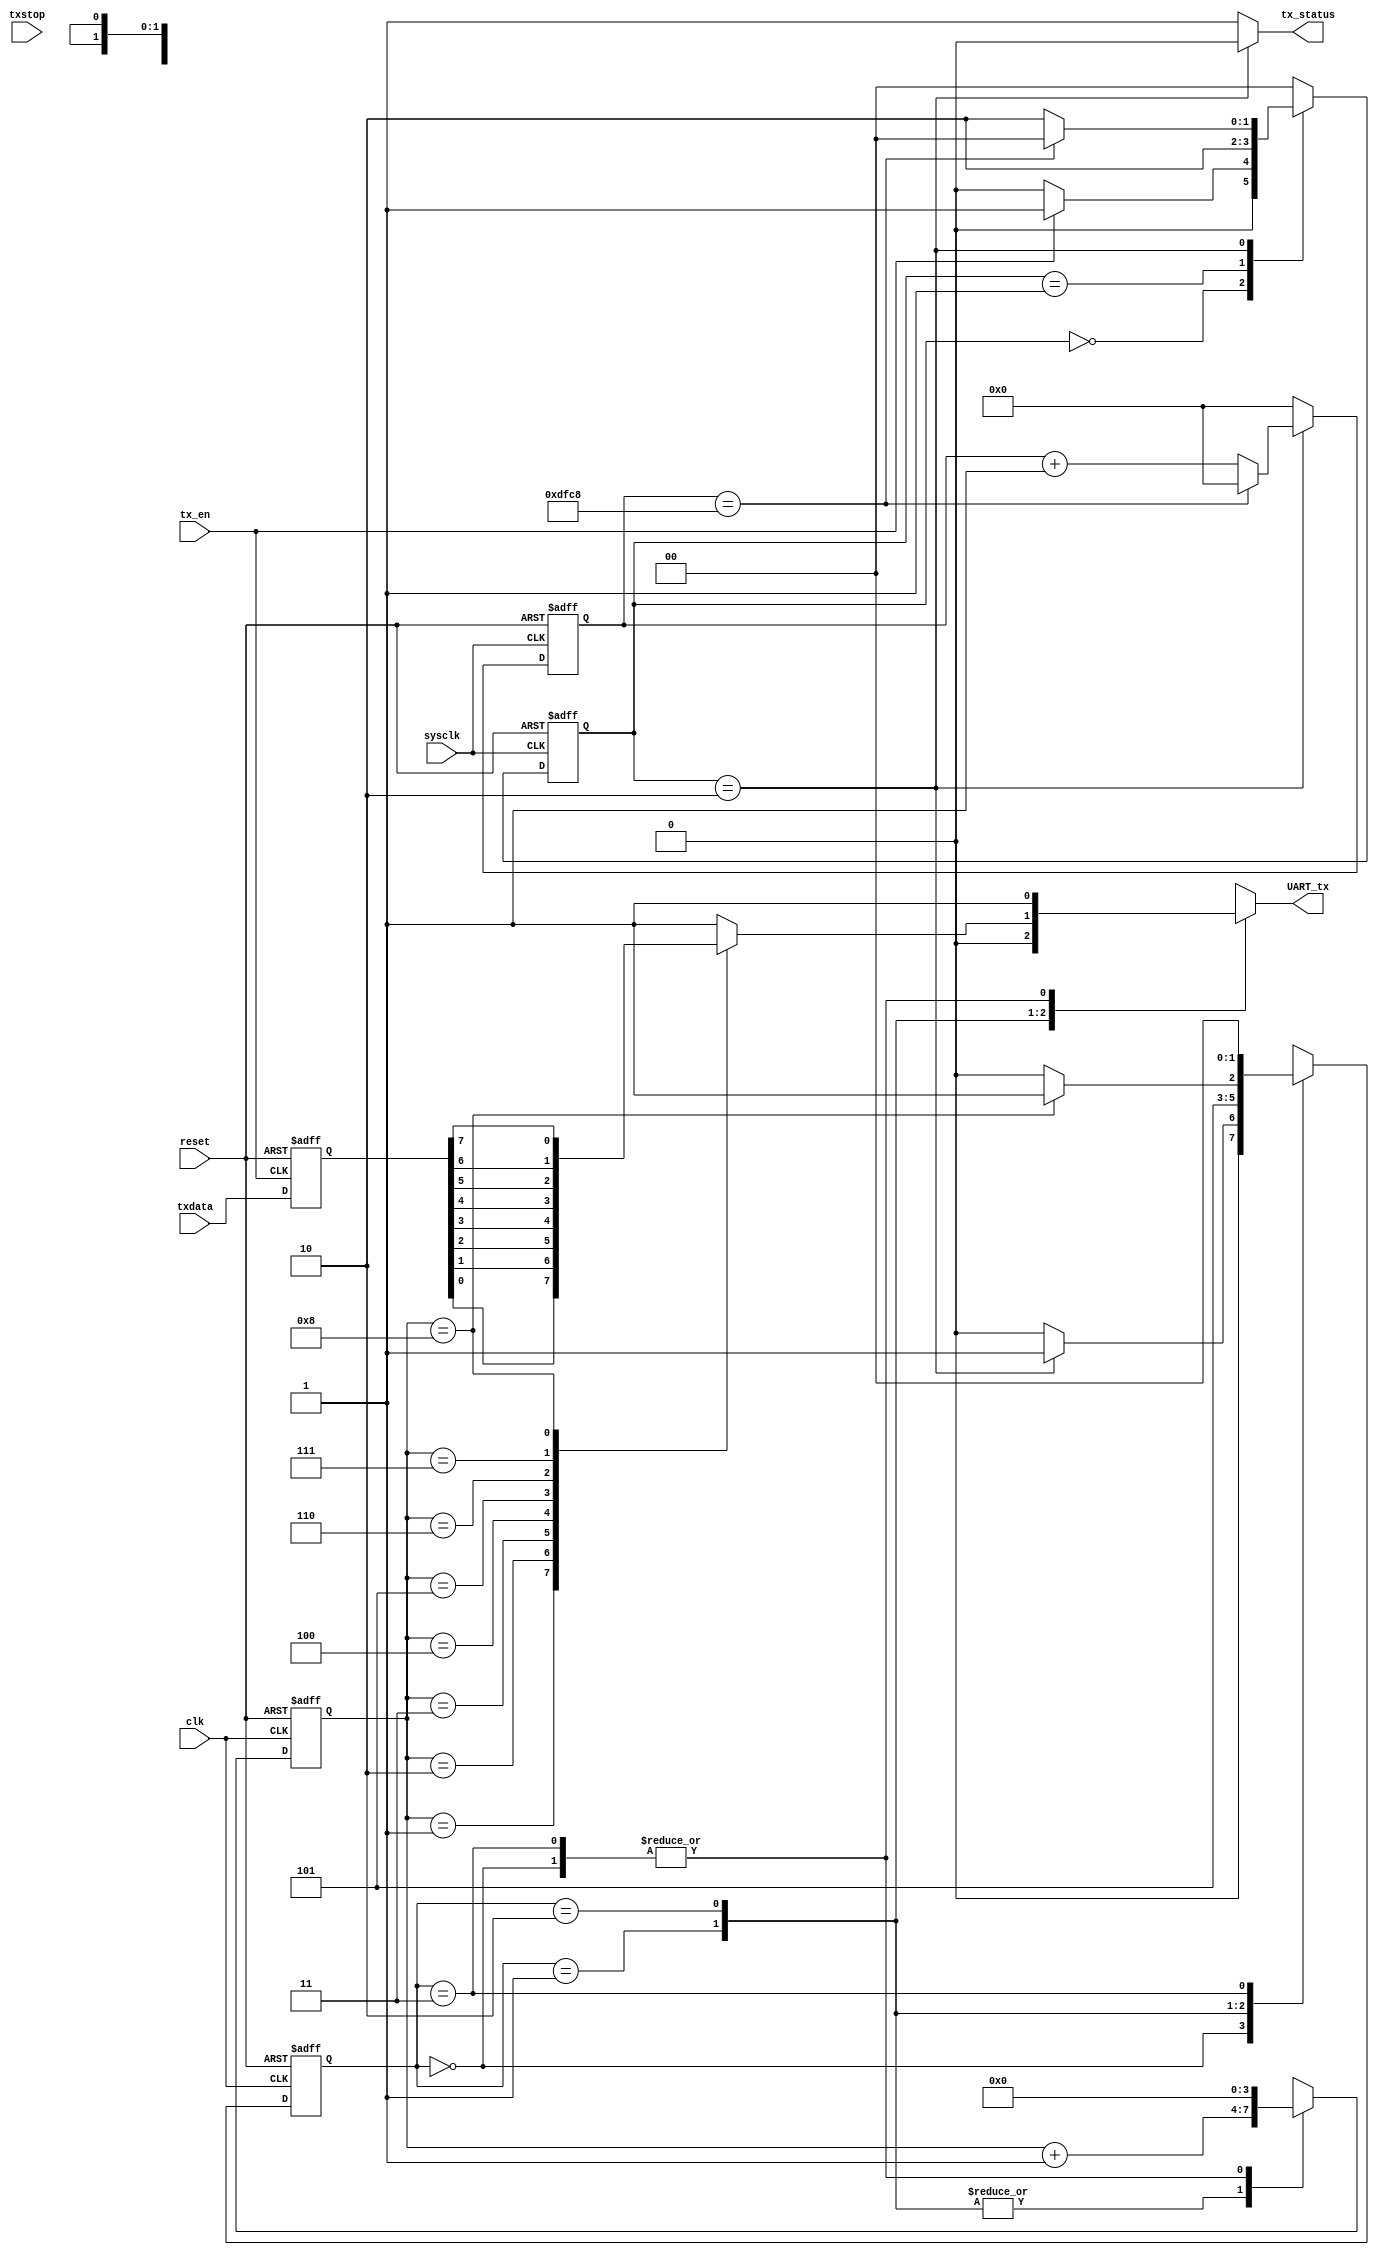

module sender (sysclk,clk,reset,tx_en,txdata,tx_status,UART_tx,txstop);
	input				sysclk,clk,reset,tx_en,txstop;
	input		[7:0]	txdata;
	output	reg			UART_tx,tx_status;
			reg	[1:0]	state,n_state;		
			reg	[3:0]	count2,n_count2;
			reg	[15:0]	count1,n_count1;
			reg	[1:0]	send_state,n_send_state;
			reg   [7:0]  tx_data;
	initial
	begin
		UART_tx <= 1;
		tx_status <= 1;
		count2 <= 4'd0;
		count1 <= 16'd0;
		state <= 2'd0;	
		n_count2 <= 4'd0;
		tx_data<=0;
	end
always @(posedge tx_en or negedge reset) 
begin
if (~reset) tx_data<=0;
else tx_data<=txdata;
end

	always @(posedge sysclk or negedge reset) 
	begin 
		if(~reset) begin
			state <= 2'b00;
			count1 <= 16'd0;
		end else begin
			state <= n_state;
			count1 <= n_count1;
		end
	end

	always @(*)
	begin
		case (state)
			2'b00:
			begin
				n_state = tx_en ? 2'b01:2'b00;
				n_count1 = 16'd0;
			end
			2'b01:
			begin
				n_state = 2'b10;
				n_count1 = 16'd0;
			end
			2'b10:
			begin
				n_state = (count1 == 16'd57288) ? 2'b00:2'b10;
				n_count1 = (count1 == 16'd57288) ? 16'd0:count1 + 16'd1;
			end
			default : 
			begin
				n_state = 2'b00;
				n_count1 = 16'd0;
			end
		endcase

		case (state)
			2'b00:tx_status = 1;
			2'b01:tx_status = 1;
			2'b10:tx_status = 0;
			default : tx_status = 1;
		endcase
	end

	always @(posedge clk or negedge reset) 
	begin
		if(~reset) begin
			count2 <= 4'd0;
			send_state <= 2'd0;
		end else begin
			count2 <= n_count2;
			send_state <= n_send_state;
		end
	end

	always @(*) 
	begin 
		case(send_state)
			2'b00:
			begin
				n_send_state = (tx_status == 0) ? 2'b01:2'b00;
				n_count2 = 4'd0;
				UART_tx = 1;
			end
			2'b01:
			begin
				n_send_state = 2'b10;
				n_count2 = count2 + 4'd1;
				UART_tx = 0;
			end
			2'b10:
			begin
				n_send_state = (count2 == 4'd8) ? 2'b11:2'b10;
				n_count2 = count2 + 4'd1;
				case(count2)
					4'd1:UART_tx = tx_data[0];
					4'd2:UART_tx = tx_data[1];
					4'd3:UART_tx = tx_data[2];
					4'd4:UART_tx = tx_data[3];
					4'd5:UART_tx = tx_data[4];
					4'd6:UART_tx = tx_data[5];
					4'd7:UART_tx = tx_data[6];
					4'd8:UART_tx = tx_data[7];
					default:UART_tx = 1;
				endcase
			end
			2'b11:
			begin
				n_send_state = 2'b00;
				n_count2 = 4'd0;
				UART_tx = 1;
			end
		endcase
	end
endmodule